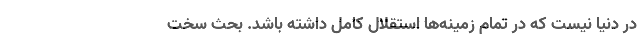
در دنیا نیست که در تمام زمینه‌ها استقلال کامل داشته باشد. بحث سخت